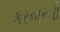
કરનારની